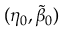
( \eta _ { 0 } , \tilde { \beta } _ { 0 } )